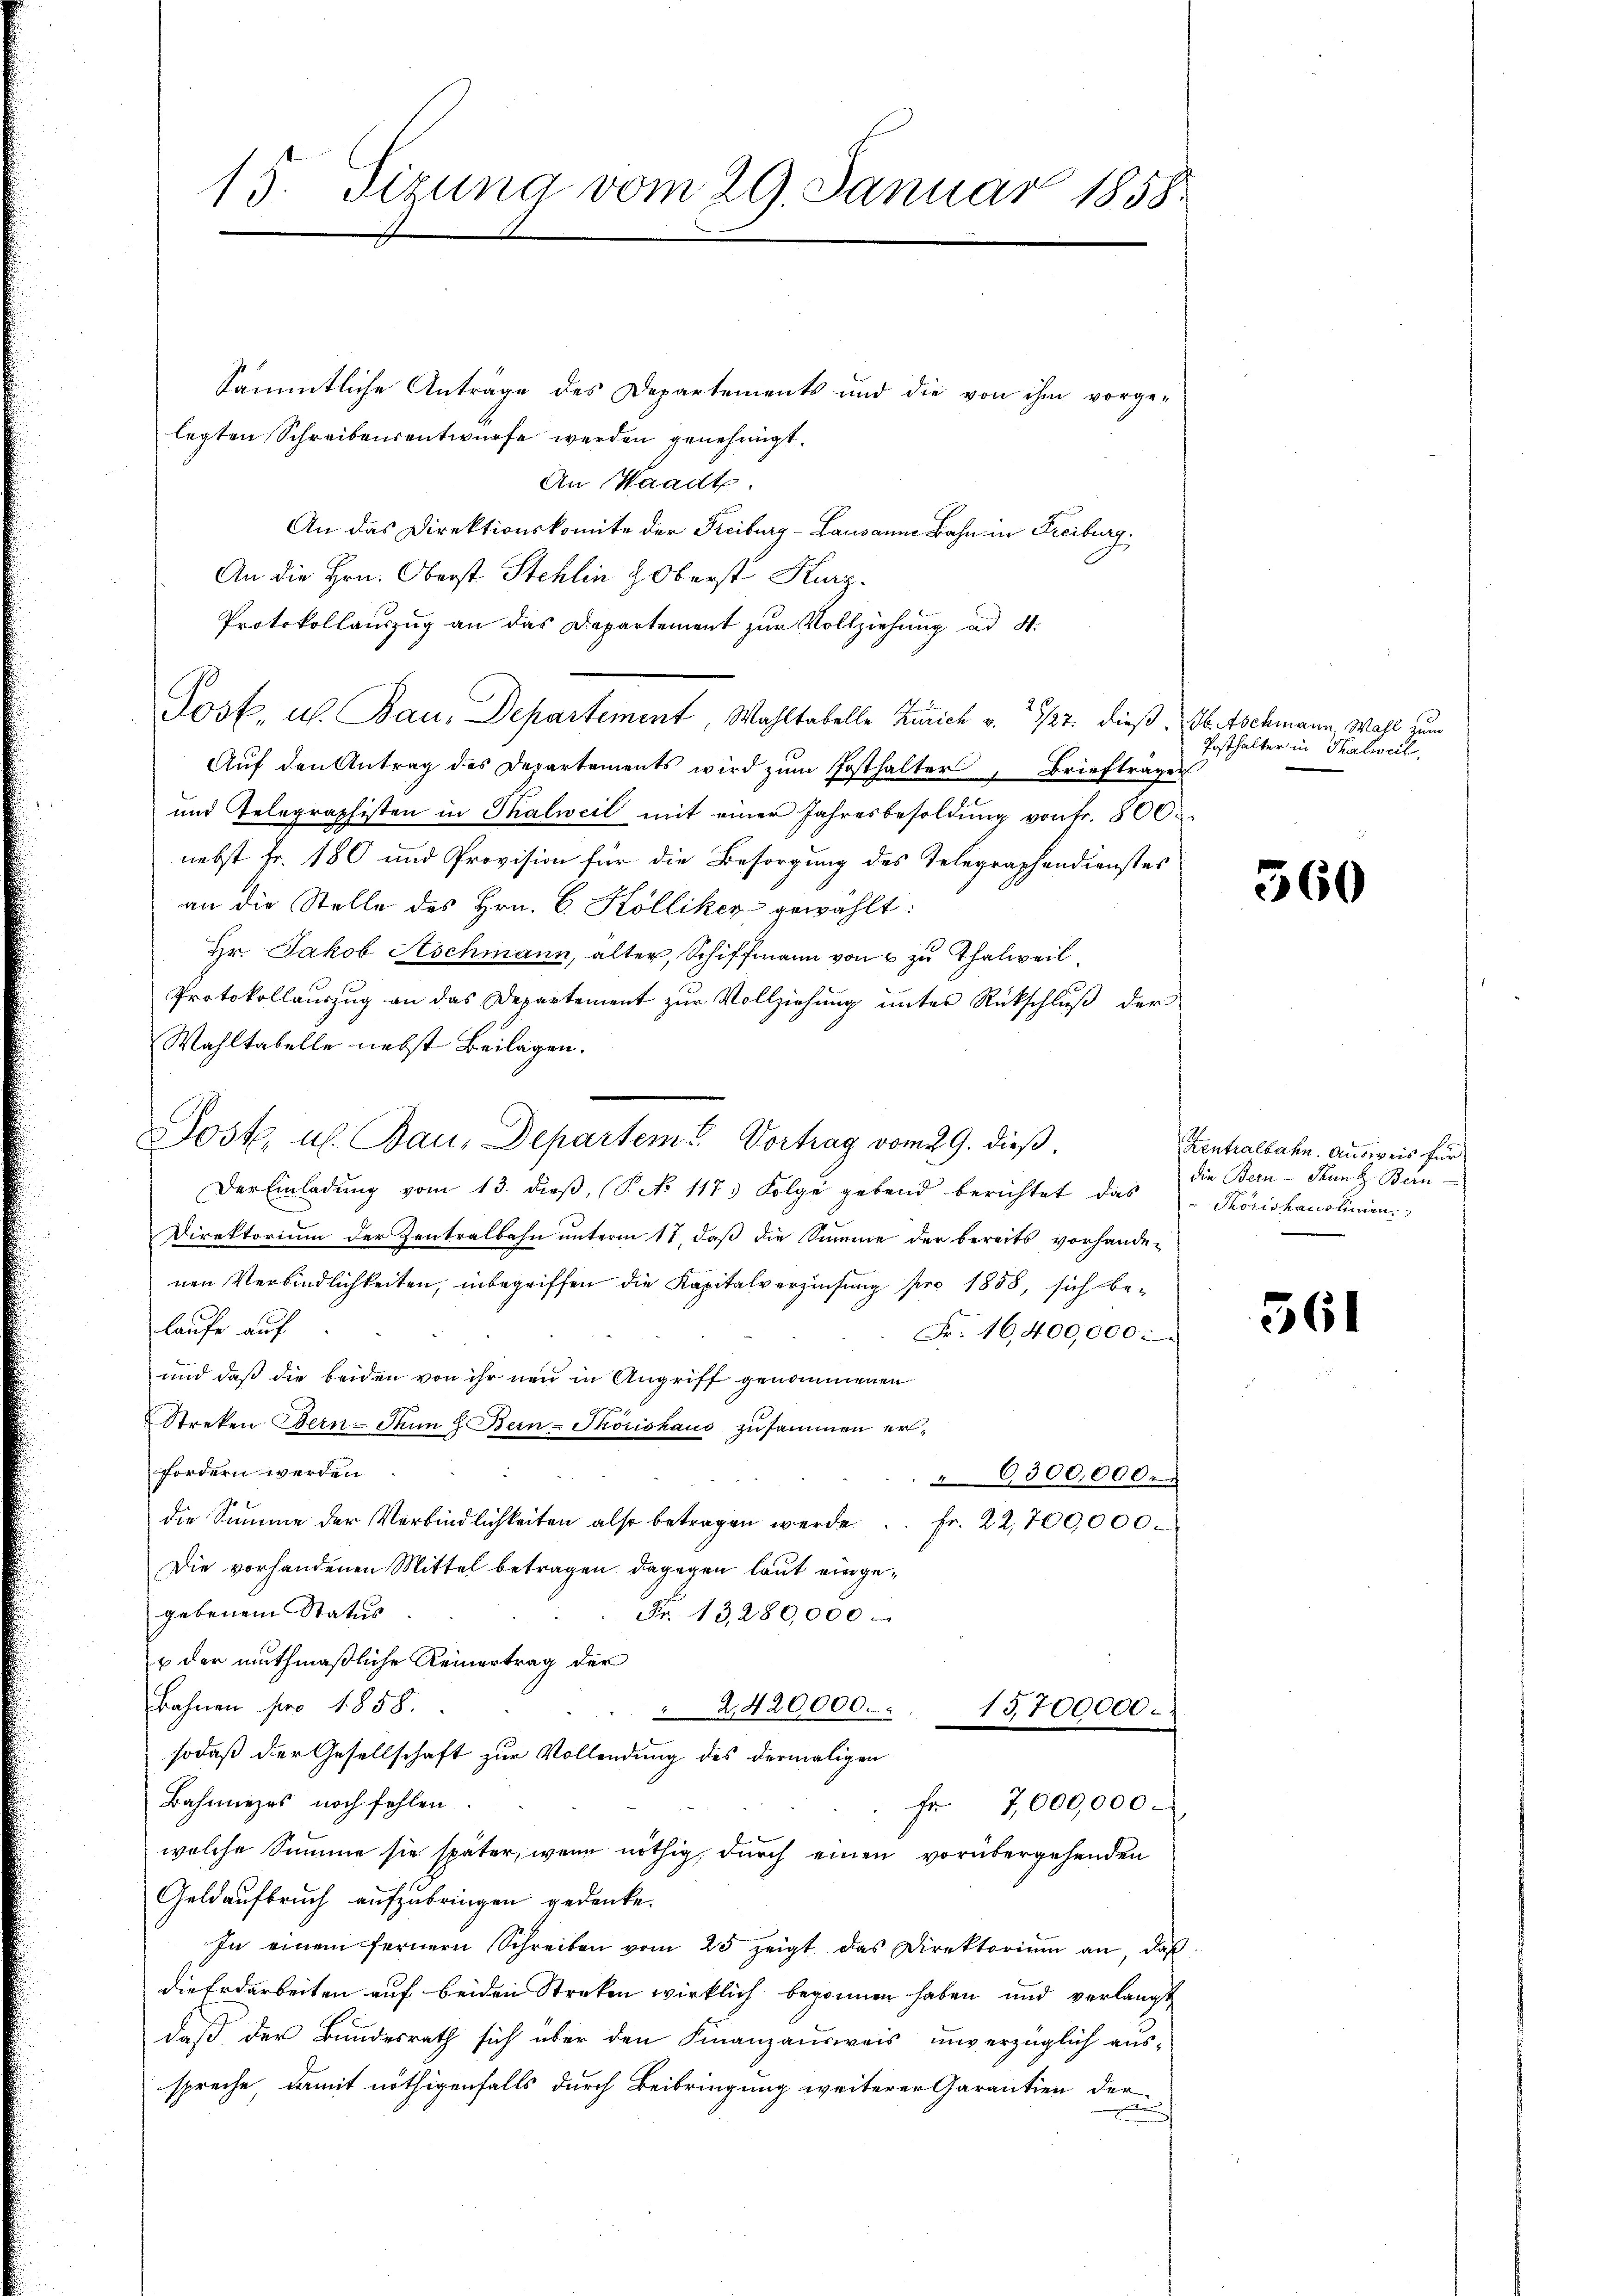
15. Sizung vom 29. Januar 1858.

Sämmtliche Anträge des Departements und die von ihm vorge-
legten Schreibensentwurfe werden genehmigt.
An Waadt
An das Direktionskomite der Freiburg - Lausanne Bahn in Freiburg.
An die Hrn. Oberst Stehlin & Oberst Kurz.
Protokollauszug an das Departement zur Vollziehung ad S.
Post, u. Bau, Departement, Wahltabelle Zürich v. 1927. dieß. Ab. Aschmann Wahl zum
Auf den Antrag des Departements wird zŭm Posthalter, Briefträger
und Telegraphisten in Thalweil mit einer Jahresbesoldŭng von fr. 800.
nebst Fr. 180 und Provision für die Besorgung des Telegraphendienstes
an die Stelle des Hrn. C. Kölliker gewählt:
Hr. Jakob Aschmann, älter, Schiffmann von 2 zu Thalweil,
Protokollauszug an das Departement zur Vollziehung unter Rückschluß der
Wahltabelle nebst Beilagen.
Der Einladung vom 13. dieß, (P. No 117. Folge gebend berichtet, das
Direktorium der Zentralbahn unterm 17. daß die Summe der bereits vorhande-
nen Verbindlichkeiten, inbegriffen die Kapitalverzinsung pro 1858, sich belaufe auf
Fr. 16,400,000.
und daß die beiden von ihr neu in Angriff genommenen
Streken Bern. Denn J. Bern-Phönishaus zusammen erfordern werden.
6300,000.
die Summe der Verbindlichkeiten also betragen werde. Fr. 22,700,000.
Die vorhandenen Mittel betragen dagegen laut eingegebenem Status
Fr. 13,280,000
& der muthmaßliche Reinertrag der
Bahnen pro 1858.
2,420000.
15700000.
sodaß der Gesellschaft zur Vollendung des dermaligen
Bahmieges noch fehlen
Fr 7,000,000.
welche Summe sie später, wenn nöthig, durch einen vorübergehenden
Geldaufbruch aufzubringen gedenke.
In einem fernern Schreiben vom 25 zeigt das Direktorium an, daß
die Erdarbeiten auf beiden Streken wirklich begonnen haben und verlangt
daß der Bundesrath sich über den Finanzausweis unverzüglich aus-
spreche, damit nöthigenfalls durch Beibringung weiterer Garantien der
.

Jost, u. Bau, Departem Vortrag vom 29. dieß.

Posthalter in Thalweil

560

Zentralbahn. Ausweis für
die Bern - Franz. Bern
Thorishaushenen

561